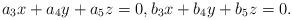
LaTeX: \begin{align*}a_3x+a_4y+a_5z=0,b_3x+b_4y+b_5z=0.\end{align*}